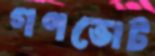
গণভোট